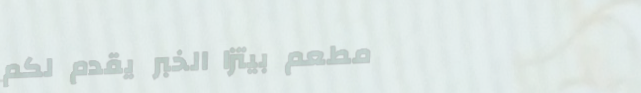
مطعم بيتزا الخبر يقدم لكم